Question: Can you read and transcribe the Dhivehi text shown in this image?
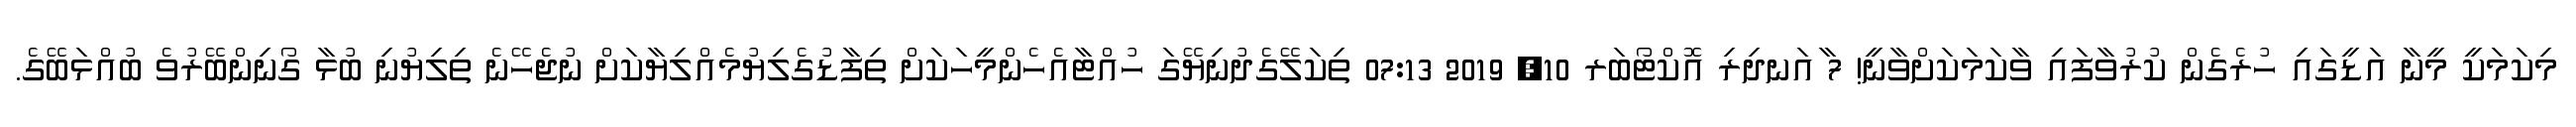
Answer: މިކަމަކީ މީނާ އަޑީގައި ހުރެގެން ކުރުވާފައި ވާކަމަކަށްވާނީ! 7 ާއަނދިރި އޮކްޓޯބަރ 10, 2019 07:13 ތިކަލޭގެދުނިޔޭގަ ހުއްޓާއެހެންމީހަކަށް ތިފާޑުގެލިޔުމެއްލިޔާކަށް ނުޖެހޭނެ ތިލިޔުނި ބުޅާ ގޯނިންބޭރުވެ ބުއްޅަބޭގެ.